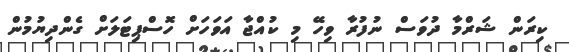
ކިރަން ޝަރްމާ ދުވަސް ނުފުރާ ވިހޭ މި ކުއްޖާ އަވަހަށް ހޮސްޕިޓަލަށް ގެންދިޔުމުން